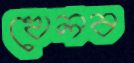
খেলব